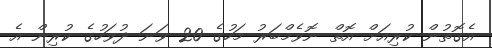
އެގޮތުން ކުރިއަށް އޮތް ނޮވެމްބަރު މަހުގެ 20 ވަނަ ދުވަހުގެ ކުރިން އެ